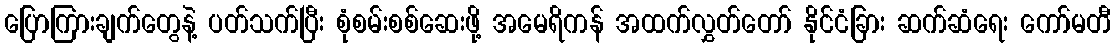
ပြောကြားချက်တွေနဲ့ ပတ်သက်ပြီး စုံစမ်းစစ်ဆေးဖို့ အမေရိကန် အထက်လွှတ်တော် နိုင်ငံခြား ဆက်ဆံရေး ကော်မတီ